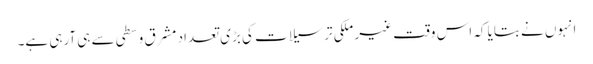
انہوں نے بتایا کہ اس وقت غیر ملکی ترسیلات کی بڑی تعداد مشرق وسطی سے ہی آرہی ہے۔